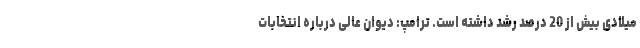
میلادی بیش از 20 درصد رشد داشته است. ترامپ: دیوان عالی درباره انتخابات